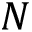
N